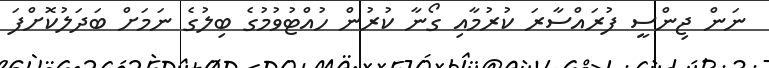
ނަން ޖިންސީ ފުރައްސާރަ ކުރުމާއި ގޯނާ ކުރުން ހުއްޓުވުމުގެ ބިލުގެ ނަމަށް ބަދަލުކޮށްފަ